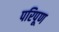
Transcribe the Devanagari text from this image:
परिपूण